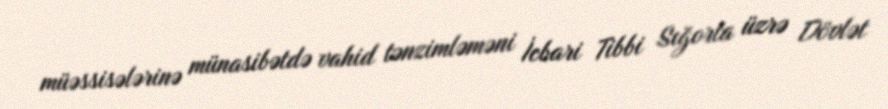
müəssisələrinə münasibətdə vahid tənzimləməni İcbari Tibbi Sığorta üzrə Dövlət